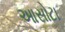
આસોટા